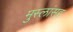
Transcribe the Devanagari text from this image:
मुस्लांसह